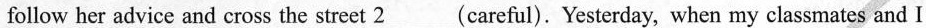
follow her advice and cross the street 2___(careful). Yesterday, when my classmates and I